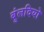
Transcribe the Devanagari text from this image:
बुंलदियो